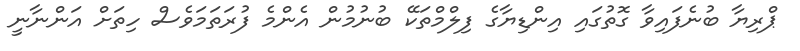
ޕްރިޔާ ބުނެފައިވާ ގޮތުގައި އިންޑިޔާގެ ފިލްމްތަކޭ ބުނުމުން އެންމެ ފުރަތަމަވެސް ހިތަށް އަންނާނީ